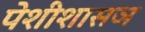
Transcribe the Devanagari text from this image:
पेशीशासञ